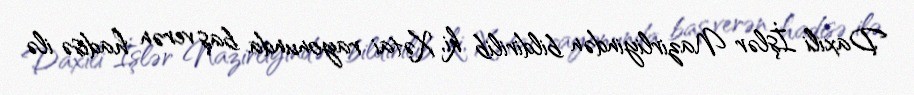
Daxili İşlər Nazirliyindən bildirilib ki, Xətai rayonunda baş verən hadisə ilə